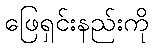
ဖြေရှင်းနည်းကို